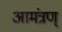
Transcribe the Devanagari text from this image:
आमंत्रण्